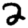
Digit: 2